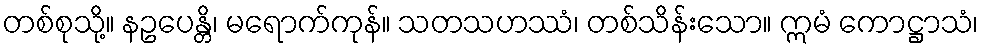
တစ်စုသို့။ နဥပေန္တိ၊ မရောက်ကုန်။ သတသဟဿံ၊ တစ်သိန်းသော။ ဣမံ ကောဋ္ဌာသံ၊